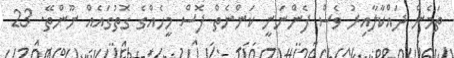
ތަމެން ދައްކާލާއިރު ވެސް ފެންނަނީ ކަންނެތް ފޮސް މީހެއްގެ ގޮތުގައެެއް ނޫންތޭ. 23